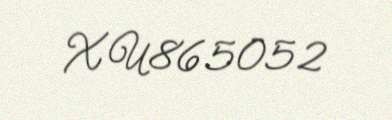
XU865052